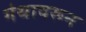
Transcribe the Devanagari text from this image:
गंथावरून